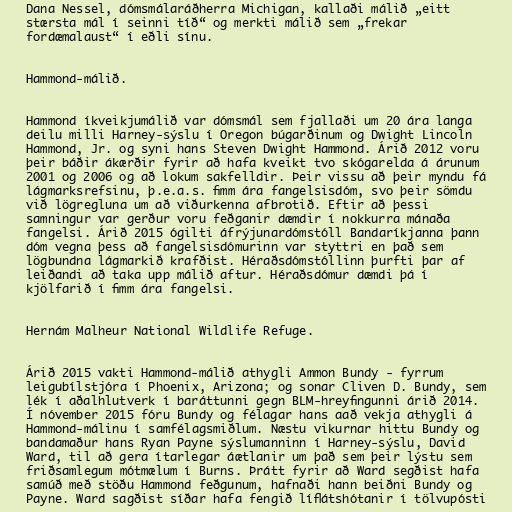
Dana Nessel, dómsmálaráðherra Michigan, kallaði málið „eitt
stærsta mál í seinni tíð“ og merkti málið sem „frekar
fordæmalaust“ í eðli sínu.

Hammond-málið.

Hammond íkveikjumálið var dómsmál sem fjallaði um 20 ára langa
deilu milli Harney-sýslu í Oregon búgarðinum og Dwight Lincoln
Hammond, Jr. og syni hans Steven Dwight Hammond. Árið 2012 voru
þeir báðir ákærðir fyrir að hafa kveikt tvo skógarelda á árunum
2001 og 2006 og að lokum sakfelldir. Þeir vissu að þeir myndu fá
lágmarksrefsinu, þ.e.a.s. fimm ára fangelsisdóm, svo þeir sömdu
við lögregluna um að viðurkenna afbrotið. Eftir að þessi
samningur var gerður voru feðganir dæmdir í nokkurra mánaða
fangelsi. Árið 2015 ógilti áfrýjunardómstóll Bandaríkjanna þann
dóm vegna þess að fangelsisdómurinn var styttri en það sem
lögbundna lágmarkið krafðist. Héraðsdómstóllinn þurfti þar af
leiðandi að taka upp málið aftur. Héraðsdómur dæmdi þá í
kjölfarið í fimm ára fangelsi.

Hernám Malheur National Wildlife Refuge.

Árið 2015 vakti Hammond-málið athygli Ammon Bundy - fyrrum
leigubílstjóra í Phoenix, Arizona; og sonar Cliven D. Bundy, sem
lék í aðalhlutverk í baráttunni gegn BLM-hreyfingunni árið 2014.
Í nóvember 2015 fóru Bundy og félagar hans aað vekja athygli á
Hammond-málinu í samfélagsmiðlum. Næstu vikurnar hittu Bundy og
bandamaður hans Ryan Payne sýslumanninn í Harney-sýslu, David
Ward, til að gera ítarlegar áætlanir um það sem þeir lýstu sem
friðsamlegum mótmælum í Burns. Þrátt fyrir að Ward segðist hafa
samúð með stöðu Hammond feðgunum, hafnaði hann beiðni Bundy og
Payne. Ward sagðist síðar hafa fengið líflátshótanir í tölvupósti